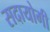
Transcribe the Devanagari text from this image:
सदायोगी